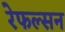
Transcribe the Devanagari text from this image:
रेफल्सन